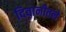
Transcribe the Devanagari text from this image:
दिवानीतले